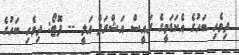
ދިވެހި ބަހުގެ އެކަޑަމީގެ ރައީސް އަޝްރަފް އަލީ -- ފޮޓޯ: ދިވެހި ބަހުގެ